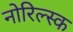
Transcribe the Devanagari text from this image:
नोरिल्स्क